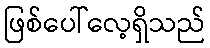
ဖြစ်ပေါ်လေ့ရှိသည်